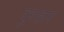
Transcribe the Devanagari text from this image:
दुराहार